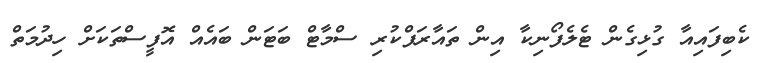
ކެބިފައިއާ ގުޅިގެން ޓެލެފޯނިކާ އިން ތައާރަފްކުރި ސްމާޓް ބަޓަން ބައެއް އޮފީސްތަކަށް ހިދުމަތް